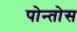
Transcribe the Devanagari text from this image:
पोन्तोस